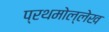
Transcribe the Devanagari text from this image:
प्रथमोल्लेख